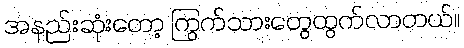
အနည်းဆုံးတော့ ကြွက်သားတွေထွက်လာတယ်။